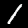
Label: 1